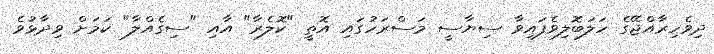
ދިވެހިރާއްޖޭގެ ހަލަބޮލިވެފައިވާ ސިޔާސީ މަސްރަހުގައި އޮތީ "ކޮލެރާ" އާއި "ސިގެއްލާ" ކަމަށް ވިދާޅުވެ